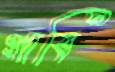
গাবি